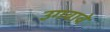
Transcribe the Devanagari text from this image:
उगवावे